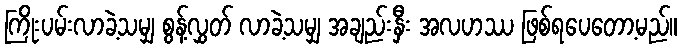
ကြိုးပမ်းလာခဲ့သမျှ စွန့်လွှတ် လာခဲ့သမျှ အချည်းနှီး အလဟဿ ဖြစ်ရပေတော့မည်။